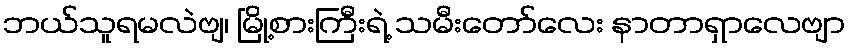
ဘယ်သူရမလဲဗျ၊ မြို့စားကြီးရဲ့ သမီးတော်လေး နာတာရှာလေဗျာ